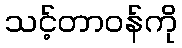
သင့်တာဝန်ကို